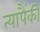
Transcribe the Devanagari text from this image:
त्यापैंकी